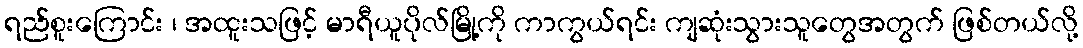
ရည်စူးကြောင်း ၊ အထူးသဖြင့် မာရီယူပိုလ်မြို့ကို ကာကွယ်ရင်း ကျဆုံးသွားသူတွေအတွက် ဖြစ်တယ်လို့